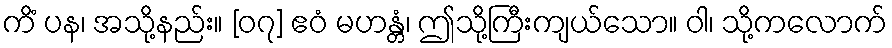
ကိံ ပန၊ အသို့နည်း။ [၀၇] ဧဝံ မဟန္တံ၊ ဤသို့ကြီးကျယ်သော။ ဝါ၊ သို့ကလောက်